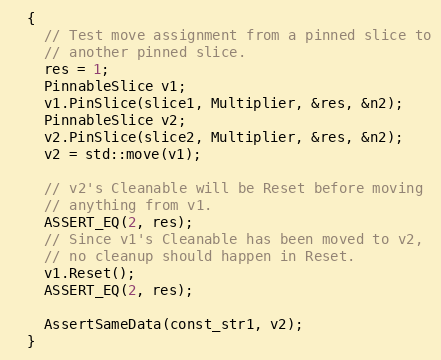
Language: C++
  {
    // Test move assignment from a pinned slice to
    // another pinned slice.
    res = 1;
    PinnableSlice v1;
    v1.PinSlice(slice1, Multiplier, &res, &n2);
    PinnableSlice v2;
    v2.PinSlice(slice2, Multiplier, &res, &n2);
    v2 = std::move(v1);

    // v2's Cleanable will be Reset before moving
    // anything from v1.
    ASSERT_EQ(2, res);
    // Since v1's Cleanable has been moved to v2,
    // no cleanup should happen in Reset.
    v1.Reset();
    ASSERT_EQ(2, res);

    AssertSameData(const_str1, v2);
  }